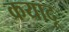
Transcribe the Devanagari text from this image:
कयादू